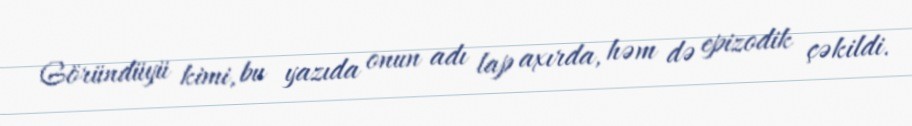
Göründüyü kimi, bu yazıda onun adı lap axırda, həm də epizodik çəkildi.